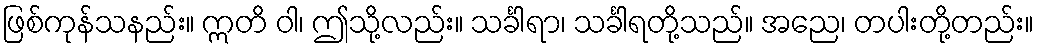
ဖြစ်ကုန်သနည်း။ ဣတိ ဝါ၊ ဤသို့လည်း။ သင်္ခါရာ၊ သင်္ခါရတို့သည်။ အညေ၊ တပါးတို့တည်း။